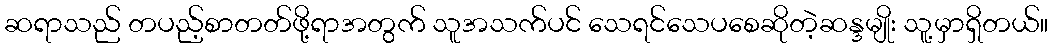
ဆရာသည် တပည့်စာတတ်ဖို့ရာအတွက် သူအသက်ပင် သေရင်သေပစေဆိုတဲ့ဆန္ဒမျိုး သူ့မှာရှိတယ်။